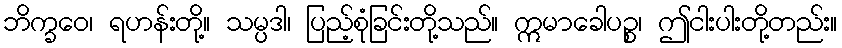
ဘိက္ခဝေ၊ ရဟန်းတို့။ သမ္ပဒါ၊ ပြည့်စုံခြင်းတို့သည်။ ဣမာခေါပဉ္စ၊ ဤငါးပါးတို့တည်း။